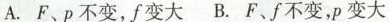
A.F、p不变，f变大 B.F、f不变，p变大